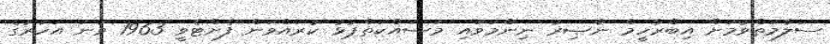
ސަލާމަތްވުމަށް އިބްރާހީމް ނާޞިރު ނިންމަވައި މަސައްކަތްޕުޅު ކުރައްވަން ފެށްޓެވީ 1963 ވަނަ އަހަރުގެ